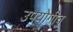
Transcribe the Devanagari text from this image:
उपयोगीच